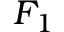
F _ { 1 }